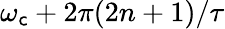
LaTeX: \omega_{\mathsf{c}}+2\pi(2n+1)/\tau